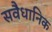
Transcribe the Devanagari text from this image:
सवैधानिक